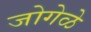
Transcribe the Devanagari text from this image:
जोगेळे